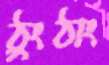
ঠুংঠাং